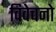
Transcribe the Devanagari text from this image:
विवेचनो